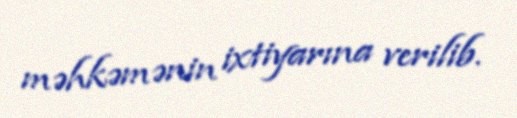
məhkəmənin ixtiyarına verilib.